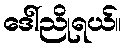
ဒေါ်ညိုရယ်။